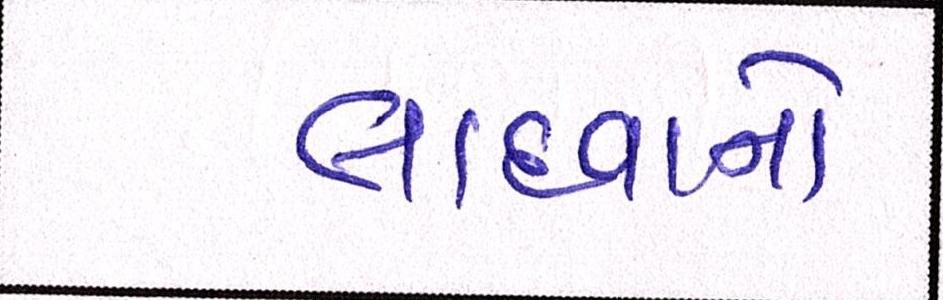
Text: લાદવાનો